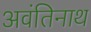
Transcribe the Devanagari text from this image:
अवंतिनाथ